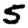
Digit: 5